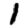
Digit: 1